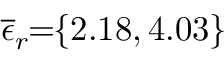
\! \! \! \overline { { \epsilon } } _ { r } \! \! = \! \! \{ 2 . 1 8 , 4 . 0 3 \} \! \! \!